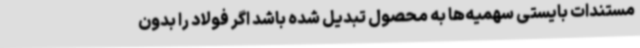
مستندات بایستی سهمیه‌ها به محصول تبدیل شده باشد اگر فولاد را بدون